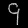
Digit: ၄